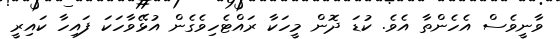
ވާނީވެސް އެހެންތާ އެވެ. ކުޑަ ދޮން މީހަކާ ރައްޓެހިވެގެން އުޅޭވާހަކަ ފައިހާ ކައިރީ